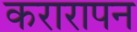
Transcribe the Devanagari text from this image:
करारापन